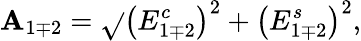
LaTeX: \mathbf{A}_{1\mp2}=\sqrt{}{{\left(E_{1\mp2}^{c}\right)^{2}+\left(E_{1\mp2}^{s}\right)^{2}}},